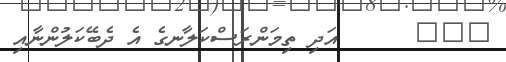
١١٥      އަދި ތިމަންރަސްކަލާނގެ އެ ދެބޭކަލުންނާއި